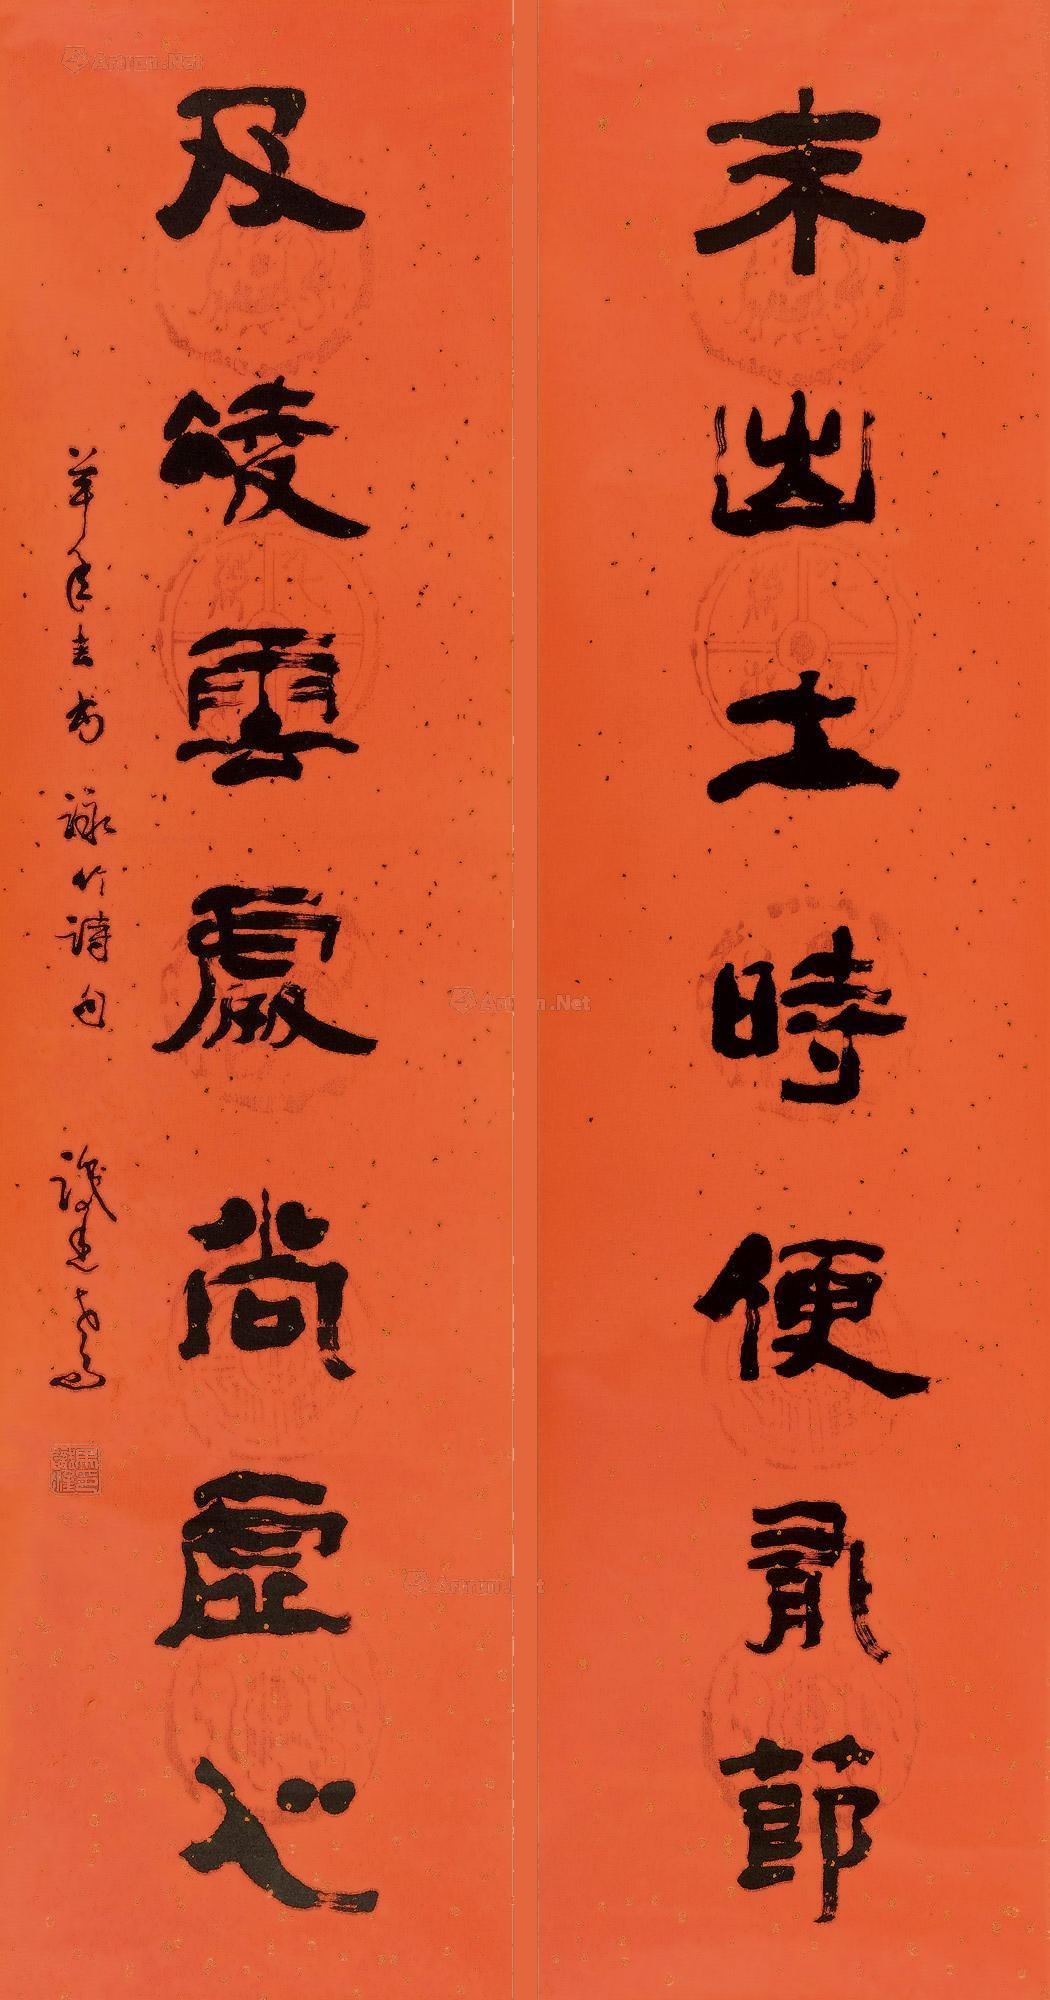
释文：未出土时便有节，及凌云处尚虚心。羊年春书，咏竹诗句，识途写。